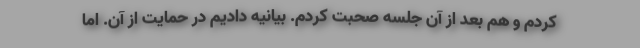
کردم و هم بعد از آن جلسه صحبت کردم. بیانیه دادیم در حمایت از آن. اما